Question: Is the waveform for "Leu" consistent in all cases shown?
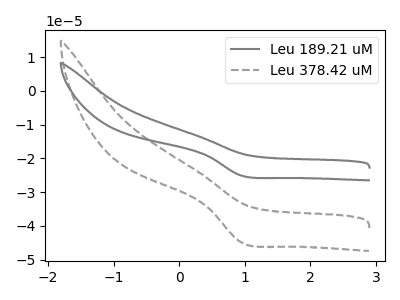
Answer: <think>The gray curve "Leu 189.21 uM" has a cathodic peak at: (0.95V, -25.10uA). The gray dashed curve "Leu 378.42 uM" has a cathodic peak at: (0.95V, -44.85uA).
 All the peaks in "Leu 189.21 uM" have a peak in "Leu 378.42 uM" at the same potential. Every peak in "Leu 189.21 uM" is lower than every peak in "Leu 378.42 uM".</think>
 <answer>All the CV's of "Leu" have similar shape.</answer>
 <eval>follow_rule</eval>